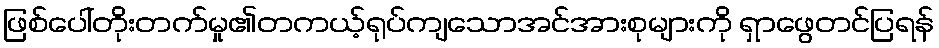
ဖြစ်ပေါ်တိုးတက်မှု၏တကယ့်ရုပ်ကျသောအင်အားစုများကို ရှာဖွေတင်ပြရန်